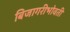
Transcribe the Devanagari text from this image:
बिजागरीभोवती